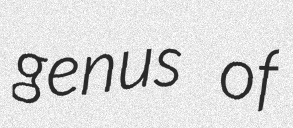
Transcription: genus of